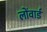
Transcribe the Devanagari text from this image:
लोंवार्ड